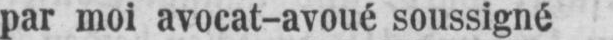
par moi avocat-avoué soussigné